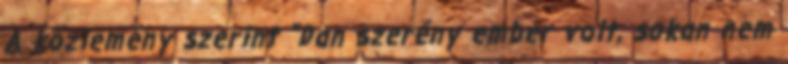
A közlemény szerint "Dan szerény ember volt, sokan nem